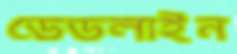
ডেডলাইন